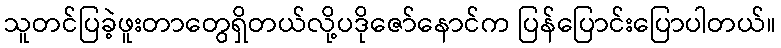
သူတင်ပြခဲ့ဖူးတာတွေရှိတယ်လို့ပဒိုဇော်နောင်က ပြန်ပြောင်းပြောပါတယ်။